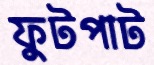
ফুটপাট